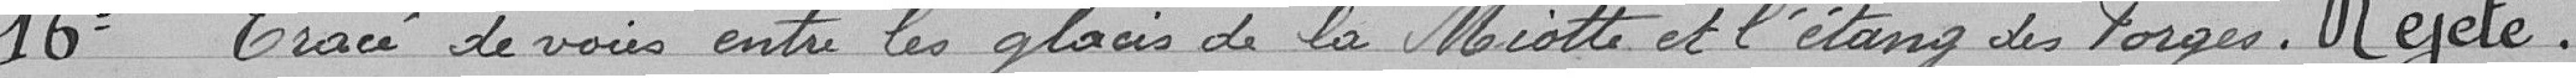
16° Tracé de voies entre les glacis de la Miotte et l'étang des Forges. Rejeté.